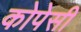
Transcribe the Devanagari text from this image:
कोपेसी